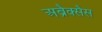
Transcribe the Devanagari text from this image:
अब्रैक्सैस